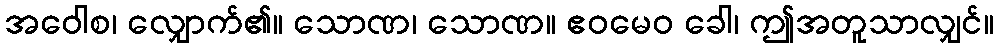
အဝေါစ၊ လျှောက်၏။ သောဏ၊ သောဏ။ ဧဝမေဝ ခေါ၊ ဤအတူသာလျှင်။